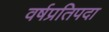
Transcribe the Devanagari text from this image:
वर्षप्रतिपदा